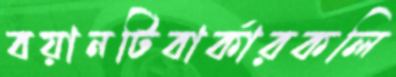
বয়ানটিবার্কারকলি